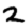
Digit: 2